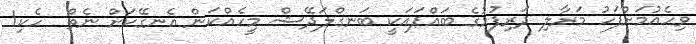
ވިހެއުމަށްފަހު މަރާލި ދަރިފުޅުގެ ބައްޕައަކީ ބަނގްލަދޭޝް މީހެއްކަން އެނގޭކަށް ނެތް  ހެކި1